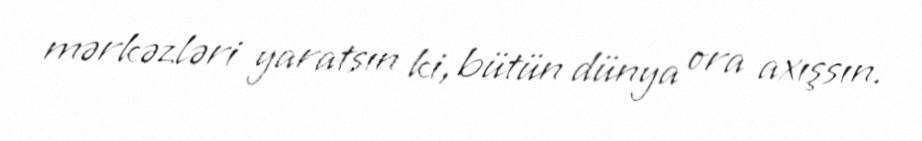
mərkəzləri yaratsın ki, bütün dünya ora axışsın.